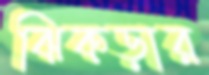
ঝিকড়ার